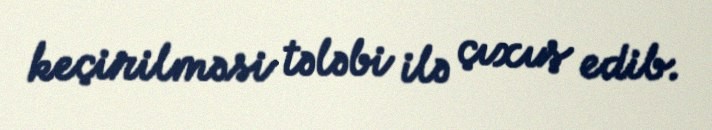
keçirilməsi tələbi ilə çıxış edib.